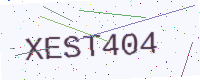
Text: XEST404